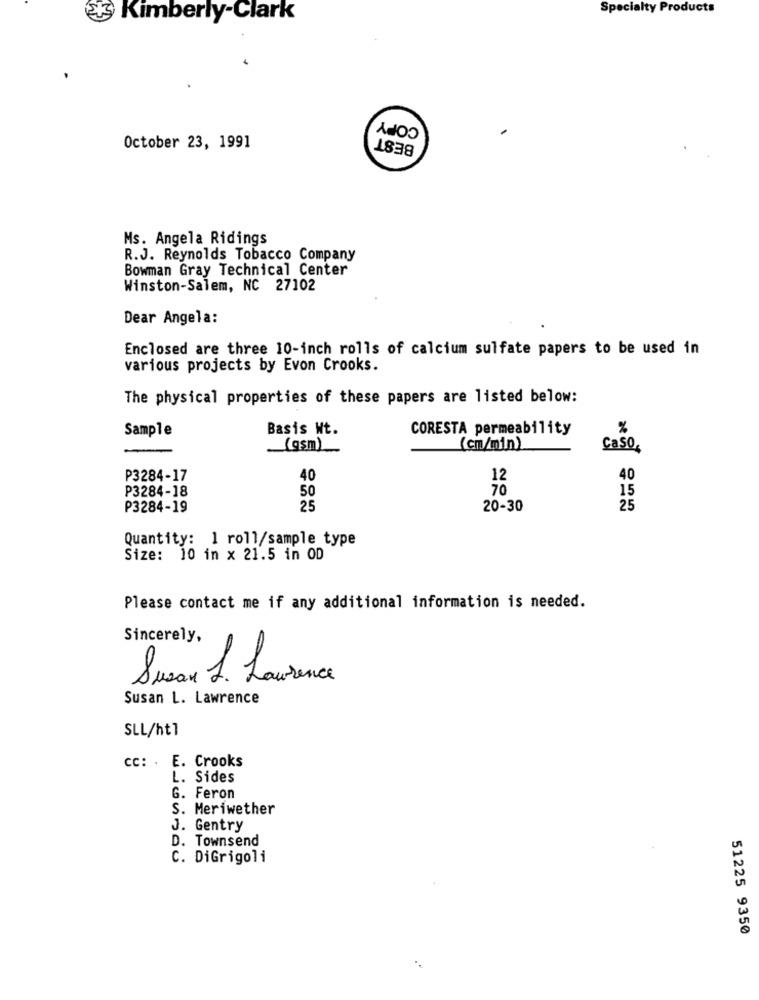
Specialty Products
23 Kimberly-Clark
COPY
BEST
October 23, 1991
Ms. Angela Ridings
R.J. Reynolds Tobacco Company
Bowman Gray Technical Center
Winston-Salem, NC 27102
Dear Angela:
Enclosed are three 10-inch rolls of calcium sulfate papers to be used in
various projects by Evon Crooks.
The physical properties of these papers are listed below:
Sample
Basis Wt.
CORESTA permeability
%
(gsm)
(cm/min)
Ca50,
P3284-17
40
12
40
P3284-18
50
70
15
P3284-19
25
20-30
25
Quantity: 1 roll/sample_type
Size: 10 in x 21.5 in OD
Please contact me if any additional information is needed.
Sincerely,
Susan 1. Laurence
Susan L. Lawrence
SLL/ht1
cc: . E. Crooks
L. Sides
G. Feron
S. Meriwether
J. Gentry
D. Townsend
C. DiGrigoli
51225 9350